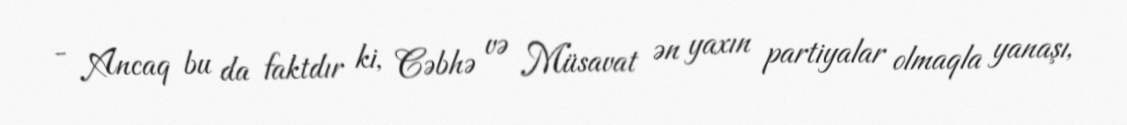
- Ancaq bu da faktdır ki, Cəbhə və Müsavat ən yaxın partiyalar olmaqla yanaşı,